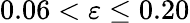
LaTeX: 0.06<\varepsilon\le 0.20